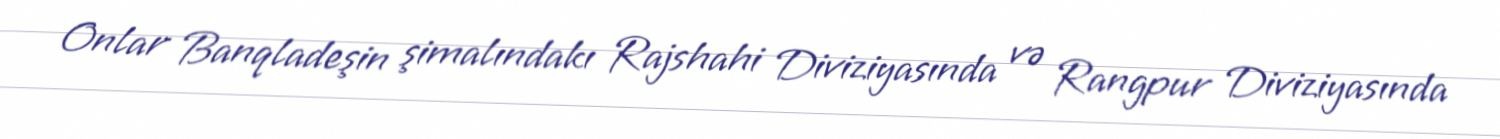
Onlar Banqladeşin şimalındakı Rajshahi Diviziyasında və Rangpur Diviziyasında